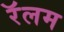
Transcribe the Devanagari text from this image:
रॅलम